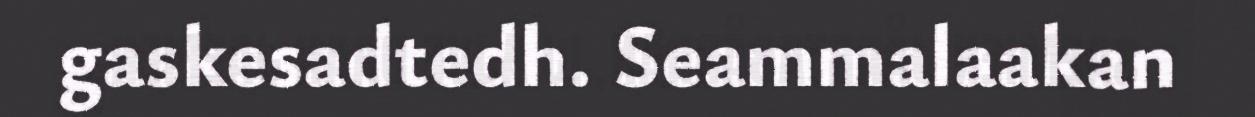
gaskesadtedh. Seammalaakan